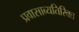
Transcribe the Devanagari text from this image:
प्रवासाव्यतिरिक्त